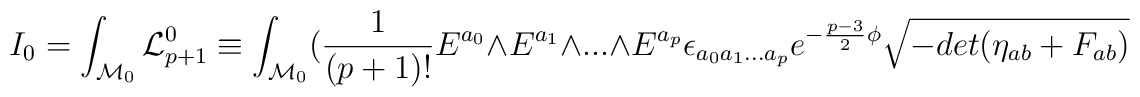
I_0 =  \int_{{\cal M}_0} {\cal L}^0_{p+1} \equiv\int_{{\cal M}_0}  ({1 \over (p+1)!} E^{a_0} \wedge E^{a_1}\wedge  ...  \wedge E^{a_p}\epsilon_{a_0 a_1... a_p} e^{-{p-3 \over 2} \phi} \sqrt{-det (\eta_{ab} +F_{ab})}